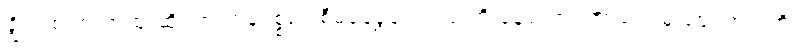
ချွိုင်းစ် က ကုထုံးဆိုင်ရာ ကုန်ပစ္စည်းစီမံခန့်ခွဲရေးအဖွဲ့ ကို နေလောင်ကာခရင်မ် ဈေးကွက်ကို